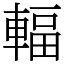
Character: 輻